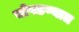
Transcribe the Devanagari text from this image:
चोपडण्यात